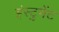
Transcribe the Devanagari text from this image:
इंस्टुमेंट